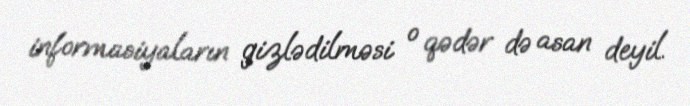
informasiyaların gizlədilməsi o qədər də asan deyil.